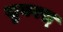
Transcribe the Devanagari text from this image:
सुयवस्